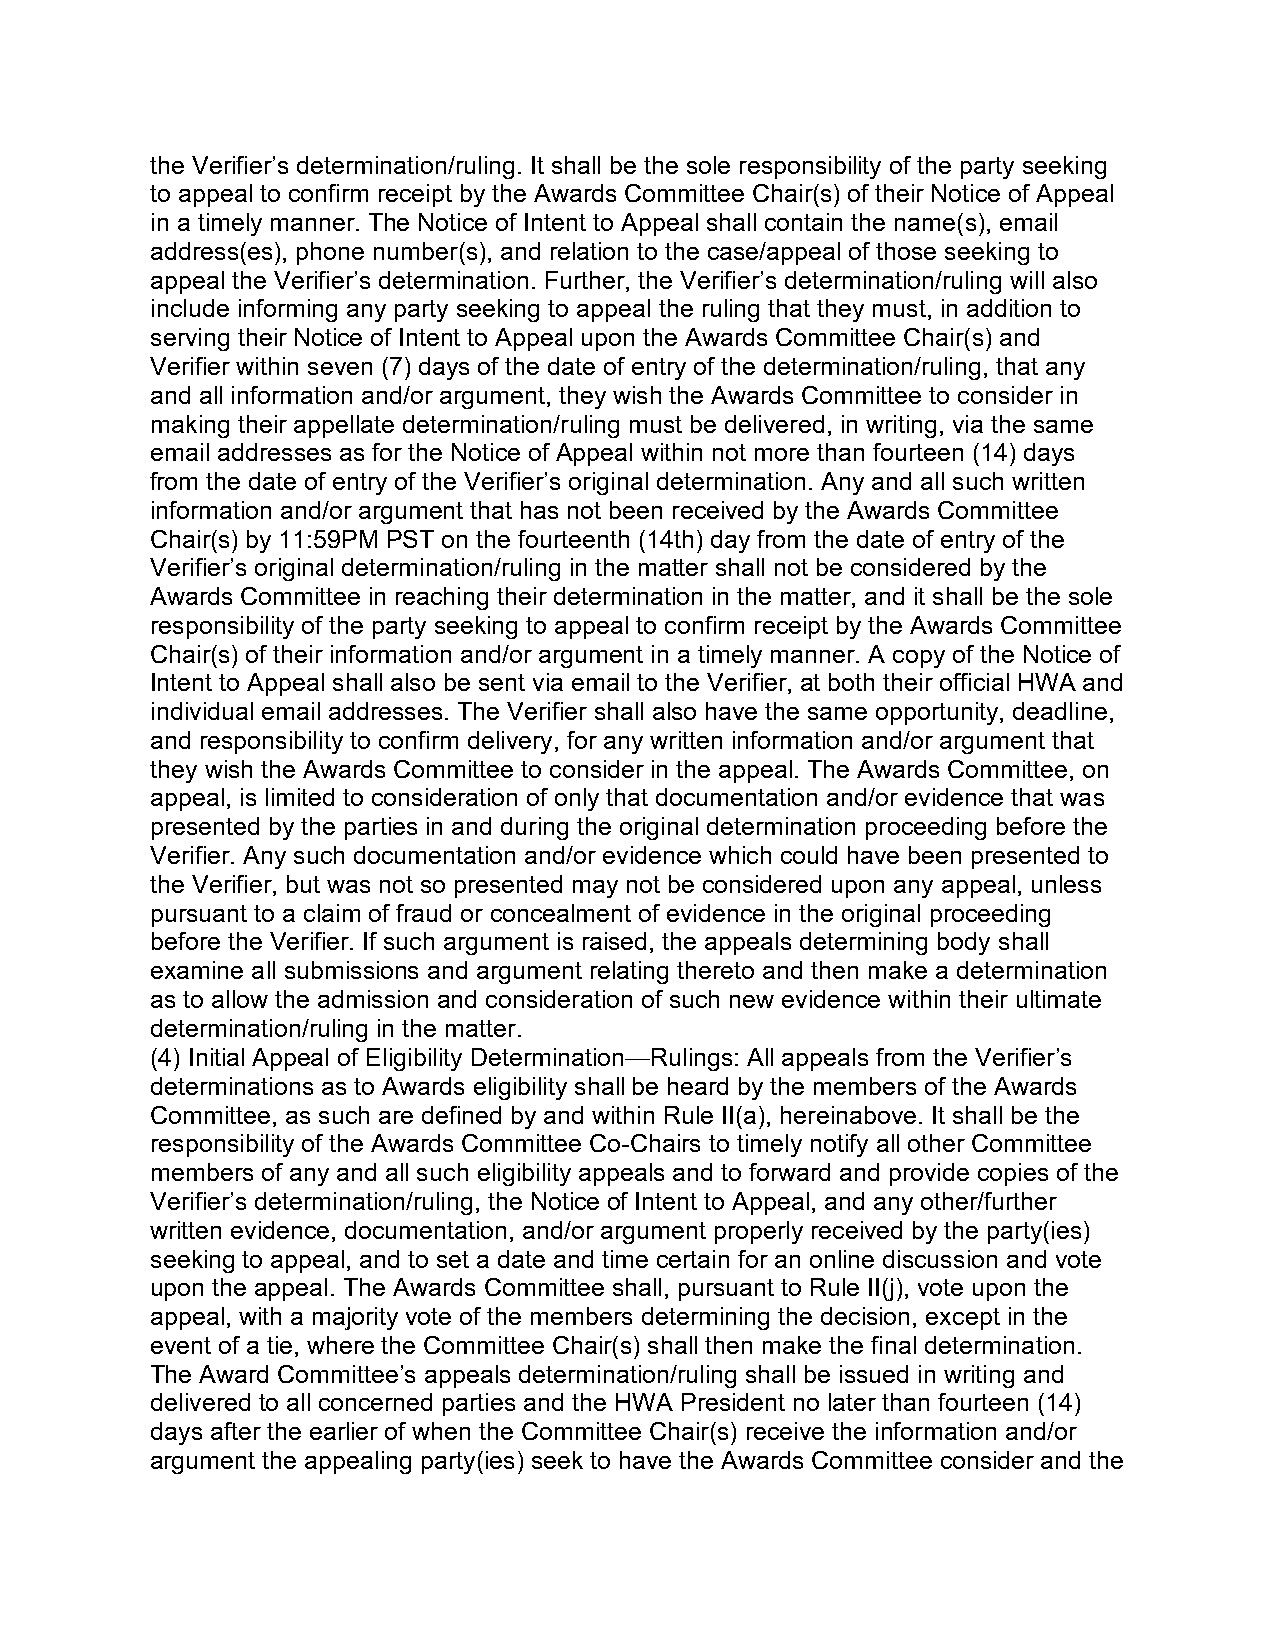
the Verifier’s determination/ruling. It shall be the sole responsibility of the party seeking
 to appeal to confirm receipt by the Awards Committee Chair(s) of their Notice of Appeal
 in a timely manner. The Notice of Intent to Appeal shall contain the name(s), email
 address(es), phone number(s), and relation to the case/appeal of those seeking to
 appeal the Verifier’s determination. Further, the Verifier’s determination/ruling will also
 include informing any party seeking to appeal the ruling that they must, in addition to
 serving their Notice of Intent to Appeal upon the Awards Committee Chair(s) and
 Verifier within seven (7) days of the date of entry of the determination/ruling, that any
 and all information and/or argument, they wish the Awards Committee to consider in
 making their appellate determination/ruling must be delivered, in writing, via the same
 email addresses as for the Notice of Appeal within not more than fourteen (14) days
 from the date of entry of the Verifier’s original determination. Any and all such written
 information and/or argument that has not been received by the Awards Committee
 Chair(s) by 11:59PM PST on the fourteenth (14th) day from the date of entry of the
 Verifier’s original determination/ruling in the matter shall not be considered by the
 Awards Committee in reaching their determination in the matter, and it shall be the sole
 responsibility of the party seeking to appeal to confirm receipt by the Awards Committee
 Chair(s) of their information and/or argument in a timely manner. A copy of the Notice of
 Intent to Appeal shall also be sent via email to the Verifier, at both their official HWA and
 individual email addresses. The Verifier shall also have the same opportunity, deadline,
 and responsibility to confirm delivery, for any written information and/or argument that
 they wish the Awards Committee to consider in the appeal. The Awards Committee, on
 appeal, is limited to consideration of only that documentation and/or evidence that was
 presented by the parties in and during the original determination proceeding before the
 Verifier. Any such documentation and/or evidence which could have been presented to
 the Verifier, but was not so presented may not be considered upon any appeal, unless
 pursuant to a claim of fraud or concealment of evidence in the original proceeding
 before the Verifier. If such argument is raised, the appeals determining body shall
 examine all submissions and argument relating thereto and then make a determination
 as to allow the admission and consideration of such new evidence within their ultimate
 determination/ruling in the matter.
 (4) Initial Appeal of Eligibility Determination—Rulings: All appeals from the Verifier’s
 determinations as to Awards eligibility shall be heard by the members of the Awards
 Committee, as such are defined by and within Rule II(a), hereinabove. It shall be the
 responsibility of the Awards Committee Co-Chairs to timely notify all other Committee
 members of any and all such eligibility appeals and to forward and provide copies of the
 Verifier’s determination/ruling, the Notice of Intent to Appeal, and any other/further
 written evidence, documentation, and/or argument properly received by the party(ies)
 seeking to appeal, and to set a date and time certain for an online discussion and vote
 upon the appeal. The Awards Committee shall, pursuant to Rule II(j), vote upon the
 appeal, with a majority vote of the members determining the decision, except in the
 event of a tie, where the Committee Chair(s) shall then make the final determination.
 The Award Committee’s appeals determination/ruling shall be issued in writing and
 delivered to all concerned parties and the HWA President no later than fourteen (14)
 days after the earlier of when the Committee Chair(s) receive the information and/or
 argument the appealing party(ies) seek to have the Awards Committee consider and the